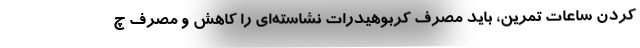
کردن ساعات تمرین، باید مصرف کربوهیدرات نشاسته‌ای را کاهش و مصرف چ